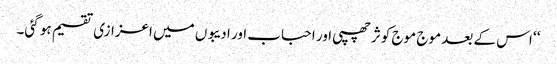
‘‘ اس کے بعد موج موج کوثر چھپی اور احباب اور ادیبوں میں اعزازی تقسیم ہو گئی۔